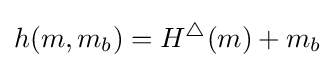
h(m,m_{b})=H^{\triangle }(m)+m_{b}